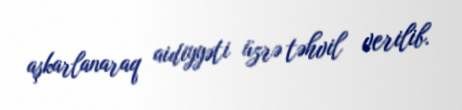
aşkarlanaraq aidiyyəti üzrə təhvil verilib.